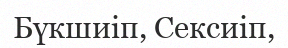
Бүкшиіп, Сексиіп,